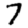
Digit: 7